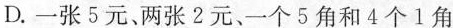
D.一张5元、两张2元、一个5角和4个1角